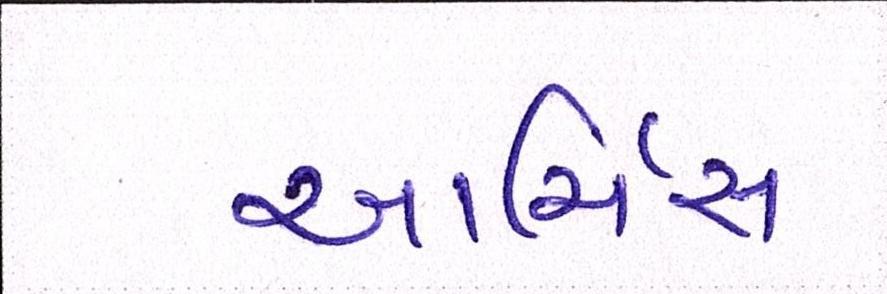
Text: આર્ચિસ